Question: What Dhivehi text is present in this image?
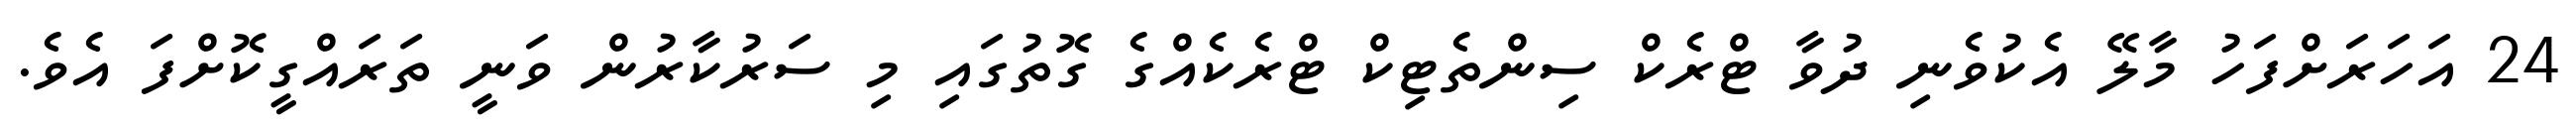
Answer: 24 އަހަރަށްފަހު މާލޭ އެކުވެނި ދުވާ ޓްރެކް ސިންތެޓިކް ޓްރެކެއްގެ ގޮތުގައި މި ސަރުކާރުން ވަނީ ތަރައްގީކޮށްފަ އެވެ.